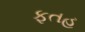
ફતહ